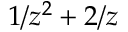
1 / z ^ { 2 } + 2 / z